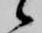
候